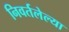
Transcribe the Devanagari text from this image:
निवर्तलेल्या